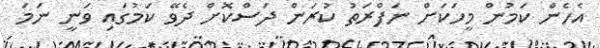
އެހެން ކަމުން މީހަކަށް ނަފްރަތު ކުރަން ދަސްކޮށް ދެވޭ ކަމުގައި ވަނީ ނަމަ